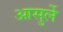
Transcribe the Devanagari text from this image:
आसुर्ले